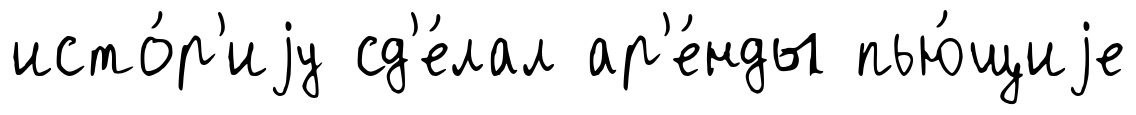
исто́р'иjу сд'е́лал ар'е́нды пью́щиjе